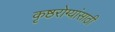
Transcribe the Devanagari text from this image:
कृष्ठरोग्यांसाठी